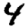
Digit: 4